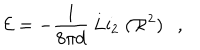
{ \cal E } = - \frac { 1 } { 8 \pi d } \; \mathrm { L i } _ { 2 } \; ( { \cal R } ^ { 2 } ) \ \ \ ,